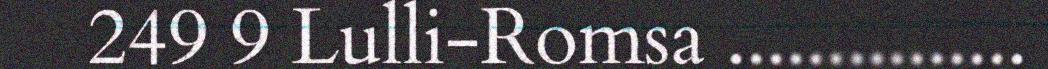
249 9 Lulli-Romsa ...............